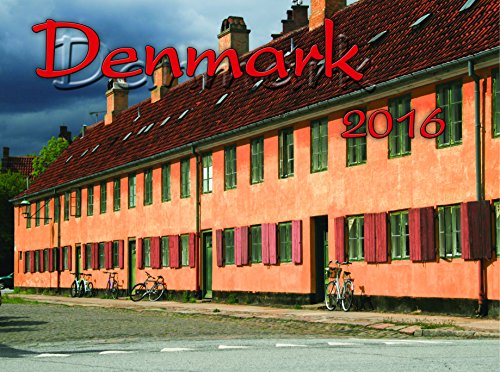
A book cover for Denmark Picture Calendar 2016; Travel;